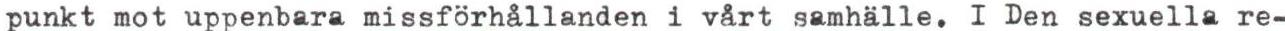
punkt mot uppenbara missförhållanden i vårt samhalle. I Den sexuella re-